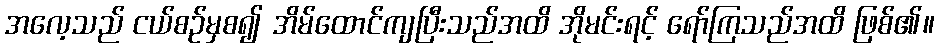
အလေ့သည် ငယ်စဉ်မှစ၍ အိမ်ထောင်ကျပြီးသည်အထိ အိုမင်းရင့် ရော်ကြသည်အထိ ဖြစ်၏။